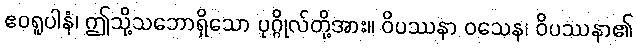
ဧဝရူပါနံ၊ ဤသို့သဘောရှိသော ပုဂ္ဂိုလ်တို့အား။ ဝိပဿနာ ဝသေန၊ ဝိပဿနာ၏